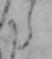
た